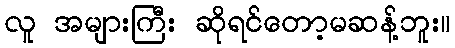
လူ အများကြီး ဆိုရင်တော့မဆန့်ဘူး။